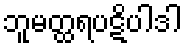
ဘူမတ္ထရပဋိပါဒါ